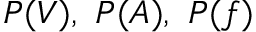
P ( V ) , ~ P ( A ) , ~ P ( f )